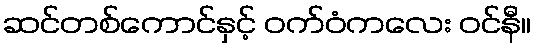
ဆင်တစ်ကောင်နှင့် ဝက်ဝံကလေး ဝင်နီ။